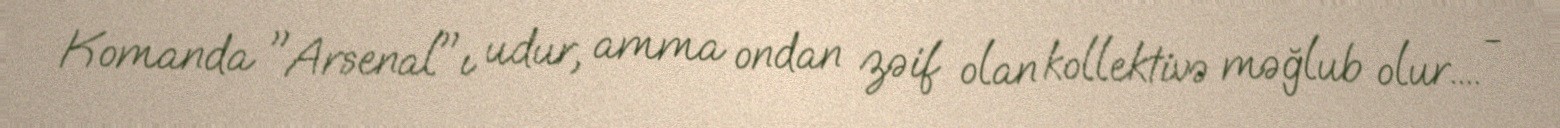
Komanda "Arsenal"ı udur, amma ondan zəif olan kollektivə məğlub olur.... -